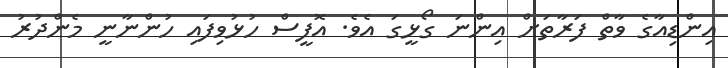
އިންޑިއާގެ ވާތް ފަރާތަށް އިންނަ ގޯޅީގަ އެވެ. އޮފީސް ހުޅުވިފައި ހުންނާނީ މެންދުރު